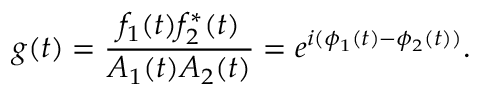
g ( t ) = \frac { f _ { 1 } ( t ) f _ { 2 } ^ { * } ( t ) } { A _ { 1 } ( t ) A _ { 2 } ( t ) } = e ^ { i ( \phi _ { 1 } ( t ) - \phi _ { 2 } ( t ) ) } .